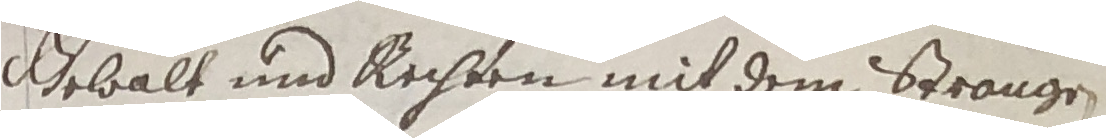
gebalt und rechten mit dem strangen